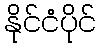
နိုင်ငံပိုင်